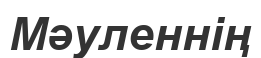
Мәуленнің